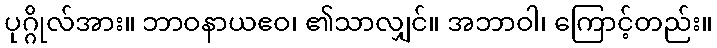
ပုဂ္ဂိုလ်အား။ ဘာဝနာယဧဝ၊ ၏သာလျှင်။ အဘာဝါ၊ ကြောင့်တည်း။